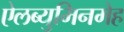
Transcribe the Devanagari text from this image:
ऐलब्युमिनमेह